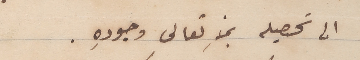
الى تحصيله بمنهِ تعالى وجودِه.